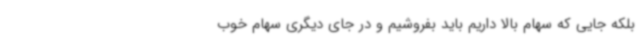
بلکه جایی که سهام بالا داریم باید بفروشیم و در جای دیگری سهام خوب